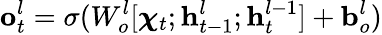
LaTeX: \mathbf{o}_{t}^{l}=\sigma(W_{o}^{l}[{\boldsymbol{\chi}}_{t};\mathbf{h}_{t-1}^{l};\mathbf{h}_{t}^{l-1}]+\mathbf{b}_{o}^{l})